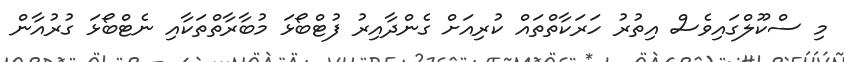
މި ސްކޫލްގައިވެސް އިތުރު ހަރަކާތްތައް ކުރިއަށް ގެންދާއިރު ފުޓްބޯޅަ މުބާރާތްތަކާއި ނެޓްބޯޅަ ގުރުއާން